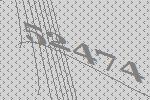
52474